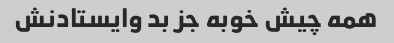
همه چیش خوبه جز بد وایستادنش